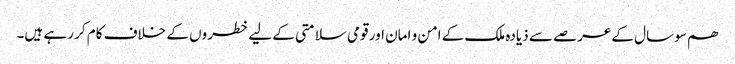
ھم سو سال کےعرصے سے ذیادہ ملک کے امن و امان اور قومی سلامتی کے لیے خطروں کے خلاف کام کر رہے ہیں۔